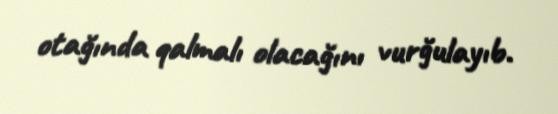
otağında qalmalı olacağını vurğulayıb.